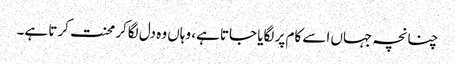
چنانچہ جہاں اسے کام پر لگایا جاتا ہے، وہاں وہ دل لگاکر محنت کرتا ہے۔